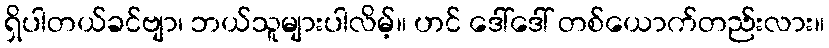
ရှိပါတယ်ခင်ဗျာ၊ ဘယ်သူများပါလိမ့်။ ဟင် ဒေါ်ဒေါ် တစ်ယောက်တည်းလား။